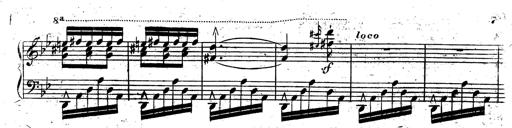
Title: Rondeau fantastique sur un thÃ¨me espagnol
Composer: Franz Liszt